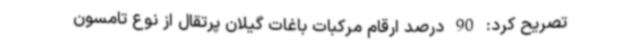
تصریح‌ کرد: 90 درصد ارقام مرکبات باغات گیلان پرتقال از نوع تامسون